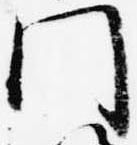
門